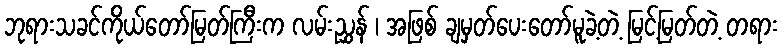
ဘုရားသခင်ကိုယ်တော်မြတ်ကြီးက လမ်းညွှန် ၊ အဖြစ် ချမှတ်ပေးတော်မူခဲ့တဲ့ မြင့်မြတ်တဲ့ တရား